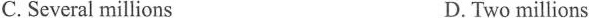
C. Several millions D. Two millions